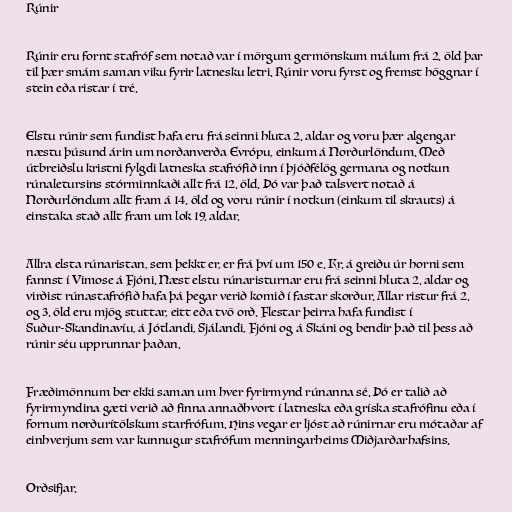
Rúnir

Rúnir eru fornt stafróf sem notað var í mörgum germönskum málum frá 2. öld þar
til þær smám saman viku fyrir latnesku letri. Rúnir voru fyrst og fremst höggnar í
stein eða ristar í tré.

Elstu rúnir sem fundist hafa eru frá seinni hluta 2. aldar og voru þær algengar
næstu þúsund árin um norðanverða Evrópu, einkum á Norðurlöndum. Með
útbreiðslu kristni fylgdi latneska stafrófið inn í þjóðfélög germana og notkun
rúnaletursins stórminnkaði allt frá 12. öld. Þó var það talsvert notað á
Norðurlöndum allt fram á 14. öld og voru rúnir í notkun (einkum til skrauts) á
einstaka stað allt fram um lok 19. aldar.

Allra elsta rúnaristan, sem þekkt er, er frá því um 150 e. Kr. á greiðu úr horni sem
fannst í Vimose á Fjóni. Næst elstu rúnaristurnar eru frá seinni hluta 2. aldar og
virðist rúnastafrófið hafa þá þegar verið komið í fastar skorður. Allar ristur frá 2.
og 3. öld eru mjög stuttar, eitt eða tvö orð. Flestar þeirra hafa fundist í
Suður-Skandinavíu, á Jótlandi, Sjálandi, Fjóni og á Skáni og bendir það til þess að
rúnir séu upprunnar þaðan.

Fræðimönnum ber ekki saman um hver fyrirmynd rúnanna sé. Þó er talið að
fyrirmyndina gæti verið að finna annaðhvort í latneska eða gríska stafrófinu eða í
fornum norðurítölskum starfrófum. Hins vegar er ljóst að rúnirnar eru mótaðar af
einhverjum sem var kunnugur stafrófum menningarheims Miðjarðarhafsins.

Orðsifjar.